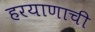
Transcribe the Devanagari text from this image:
हरयाणाची